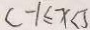
c - 1 \leq x < 5